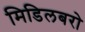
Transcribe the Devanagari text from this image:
मिडिलबरो